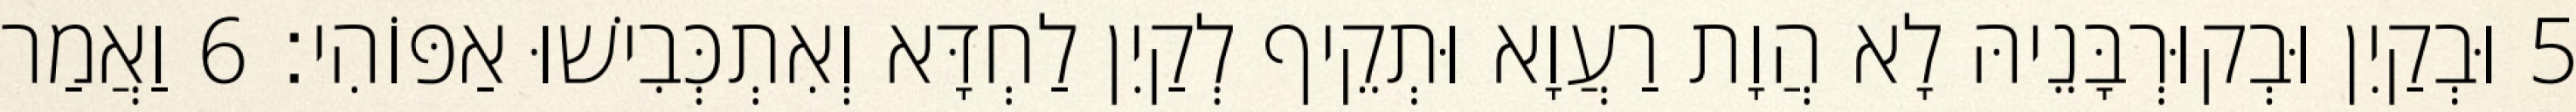
5 וּבְקַיִן וּבְקוּרְבָּנֵיהּ לָא הֲוָת רַעֲוָא וּתְקֵיף לְקַיִן לַחְדָּא וְאִתְכְּבִישׁוּ אַפּוֹהִי׃ 6 וַאֲמַר